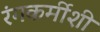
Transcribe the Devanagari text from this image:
रंगकर्मीशी